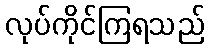
လုပ်ကိုင်ကြရသည်